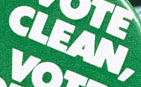
CLEAN,